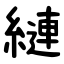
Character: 縺